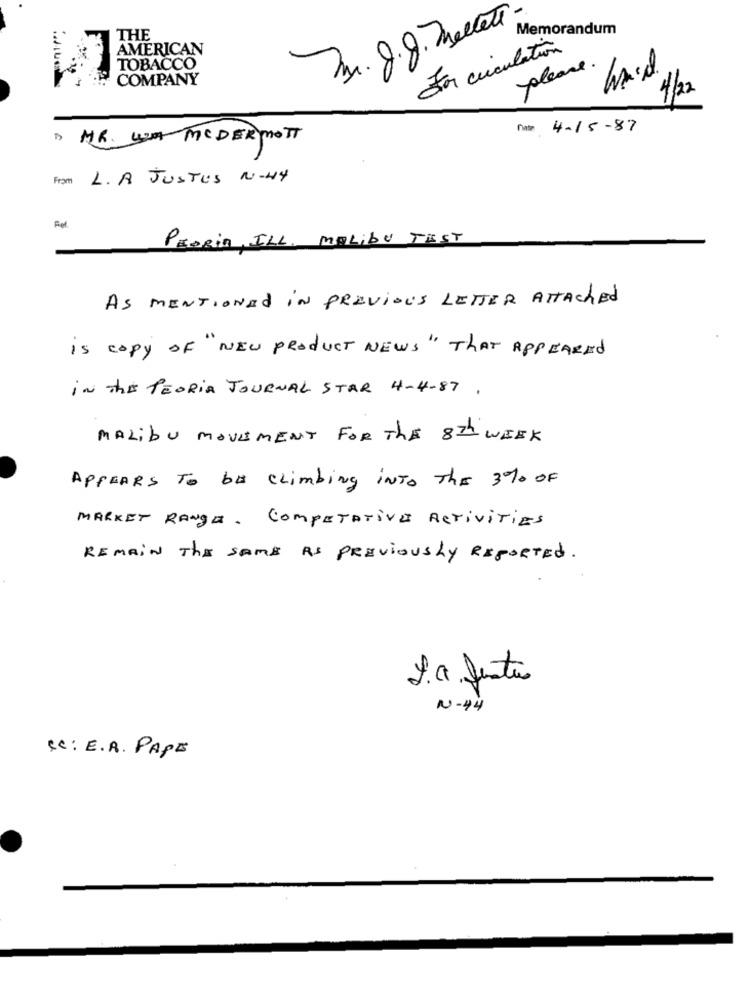
Memorandum
THE
Tm. 8.8. Mellett
AMERICAN
for circulation
TOBACCO
please
COMPANY
4/2
fate 4-15-87
3 MR. WE MCDERMOTT
From L. A JUSTUS N-44
Fel.
PEORIA, ILL. MALIBU TEST
As MENTIONED IN PREVIOUS LETTER ATTAched
is copy OF "NEW PRODUCT NEWS" THAT APPEARED
IN THE PEORIA JOURNAL STAR 4-4-87 .
MALIbu MOVEMENT FOR THE 8th WEEK
APPEARS To be Climbing INTO THE 370 OF
MARKET RANGE. COMPETATIVE ACTIVITIES
REMAIN THE SAME AS PREVIOUSLY REPORTEd.
2. a. fistas
N-44
CC: E.A. PAPE